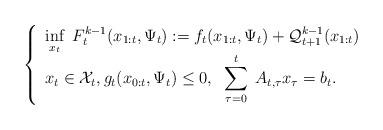
LaTeX: \begin{align*} \left\{\begin{array}{l}\displaystyle \inf_{x_t}\;F_t^{k-1}(x_{1:t}, \Psi_t):=f_t(x_{1:t}, \Psi_{t}) + \mathcal{Q}_{t+1}^{k-1}(x_{1:t})\\x_t \in \mathcal{X}_t, g_t(x_{0:t}, \Psi_t) \leq 0,\;\;\displaystyle \sum_{\tau=0}^{t} \; A_{t, \tau} x_{\tau} = b_t.\end{array}\right.\end{align*}